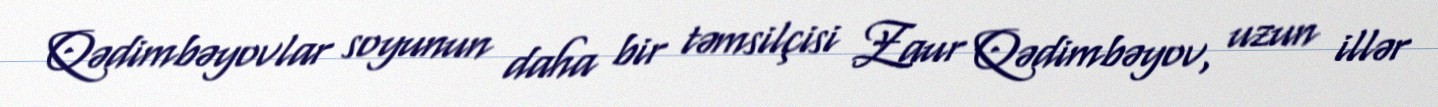
Qədimbəyovlar soyunun daha bir təmsilçisi Zaur Qədimbəyov, uzun illər